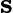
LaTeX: \textbf{s}